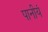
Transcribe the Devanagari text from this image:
पानीयं